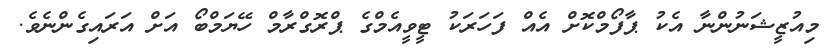
މިއުޒީޝަނުންނާ އެކު ޕާފޯމްކޮށް އެއް ފަހަރަކު ޓީވީއެމްގެ ޕްރޮގްރާމް ހޭޔަމްބޯ އަށް އަރައިގެންނެވެ.